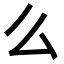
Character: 么